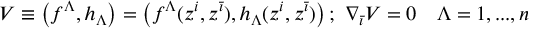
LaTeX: V \equiv \left( f ^ { \Lambda } , h _ { \Lambda } \right) = \left( f ^ { \Lambda } ( z ^ { i } , z ^ { \bar { \imath } } ) , h _ { \Lambda } ( z ^ { i } , z ^ { \bar { \imath } } ) \right) ; \, \, \nabla _ { \bar { \imath } } V = 0 \quad \Lambda = 1 , . . . , n